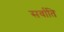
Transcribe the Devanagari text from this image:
सर्वाति